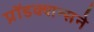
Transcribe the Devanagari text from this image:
प्रॉडक्शन्सने